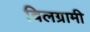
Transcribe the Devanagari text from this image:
बिलग्रामी